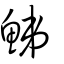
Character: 鮷